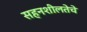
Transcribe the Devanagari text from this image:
सहनशीलतेचे